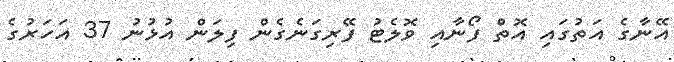
އޭނާގެ އަތުގައި އޮތް ފޯނާއި ވޮލެޓު ފޭރިގަނެގެން ފިލަން އުޅުނު 37 އަހަރުގެ